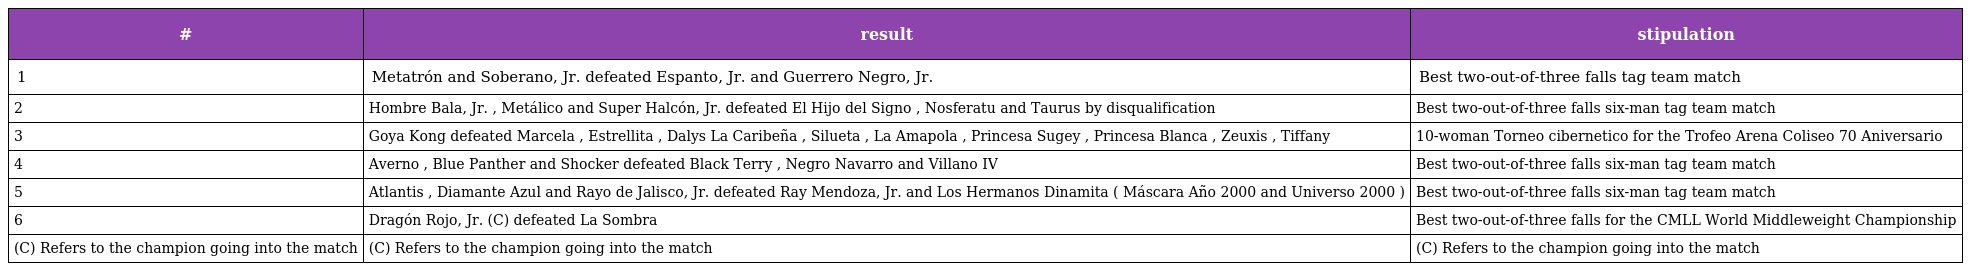
| # | result | stipulation |
 | --- | --- | --- |
 | 1 | Metatrón and Soberano, Jr. defeated Espanto, Jr. and Guerrero Negro, Jr. | Best two-out-of-three falls tag team match |
 | 2 | Hombre Bala, Jr. , Metálico and Super Halcón, Jr. defeated El Hijo del Signo , Nosferatu and Taurus by disqualification | Best two-out-of-three falls six-man tag team match |
 | 3 | Goya Kong defeated Marcela , Estrellita , Dalys La Caribeña , Silueta , La Amapola , Princesa Sugey , Princesa Blanca , Zeuxis , Tiffany | 10-woman Torneo cibernetico for the Trofeo Arena Coliseo 70 Aniversario |
 | 4 | Averno , Blue Panther and Shocker defeated Black Terry , Negro Navarro and Villano IV | Best two-out-of-three falls six-man tag team match |
 | 5 | Atlantis , Diamante Azul and Rayo de Jalisco, Jr. defeated Ray Mendoza, Jr. and Los Hermanos Dinamita ( Máscara Año 2000 and Universo 2000 ) | Best two-out-of-three falls six-man tag team match |
 | 6 | Dragón Rojo, Jr. (C) defeated La Sombra | Best two-out-of-three falls for the CMLL World Middleweight Championship |
 | (C) Refers to the champion going into the match | (C) Refers to the champion going into the match | (C) Refers to the champion going into the match |